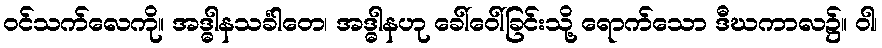
ဝင်သက်လေကို။ အဒ္ဓါနသင်္ခါတေ၊ အဒ္ဓါနဟု ခေါ်ဝေါ်ခြင်းသို့ ရောက်သော ဒီဃကာလ၌။ ဝါ၊